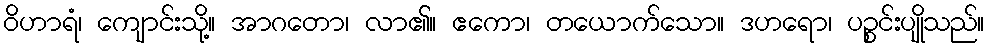
ဝိဟာရံ၊ ကျောင်းသို့။ အာဂတော၊ လာ၏။ ဧကော၊ တယောက်သော။ ဒဟရော၊ ပဉ္စင်းပျိုသည်။